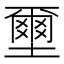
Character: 壐